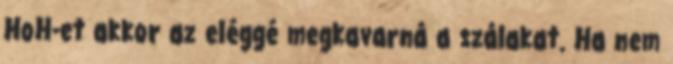
HoH-et akkor az eléggé megkavarná a szálakat. Ha nem